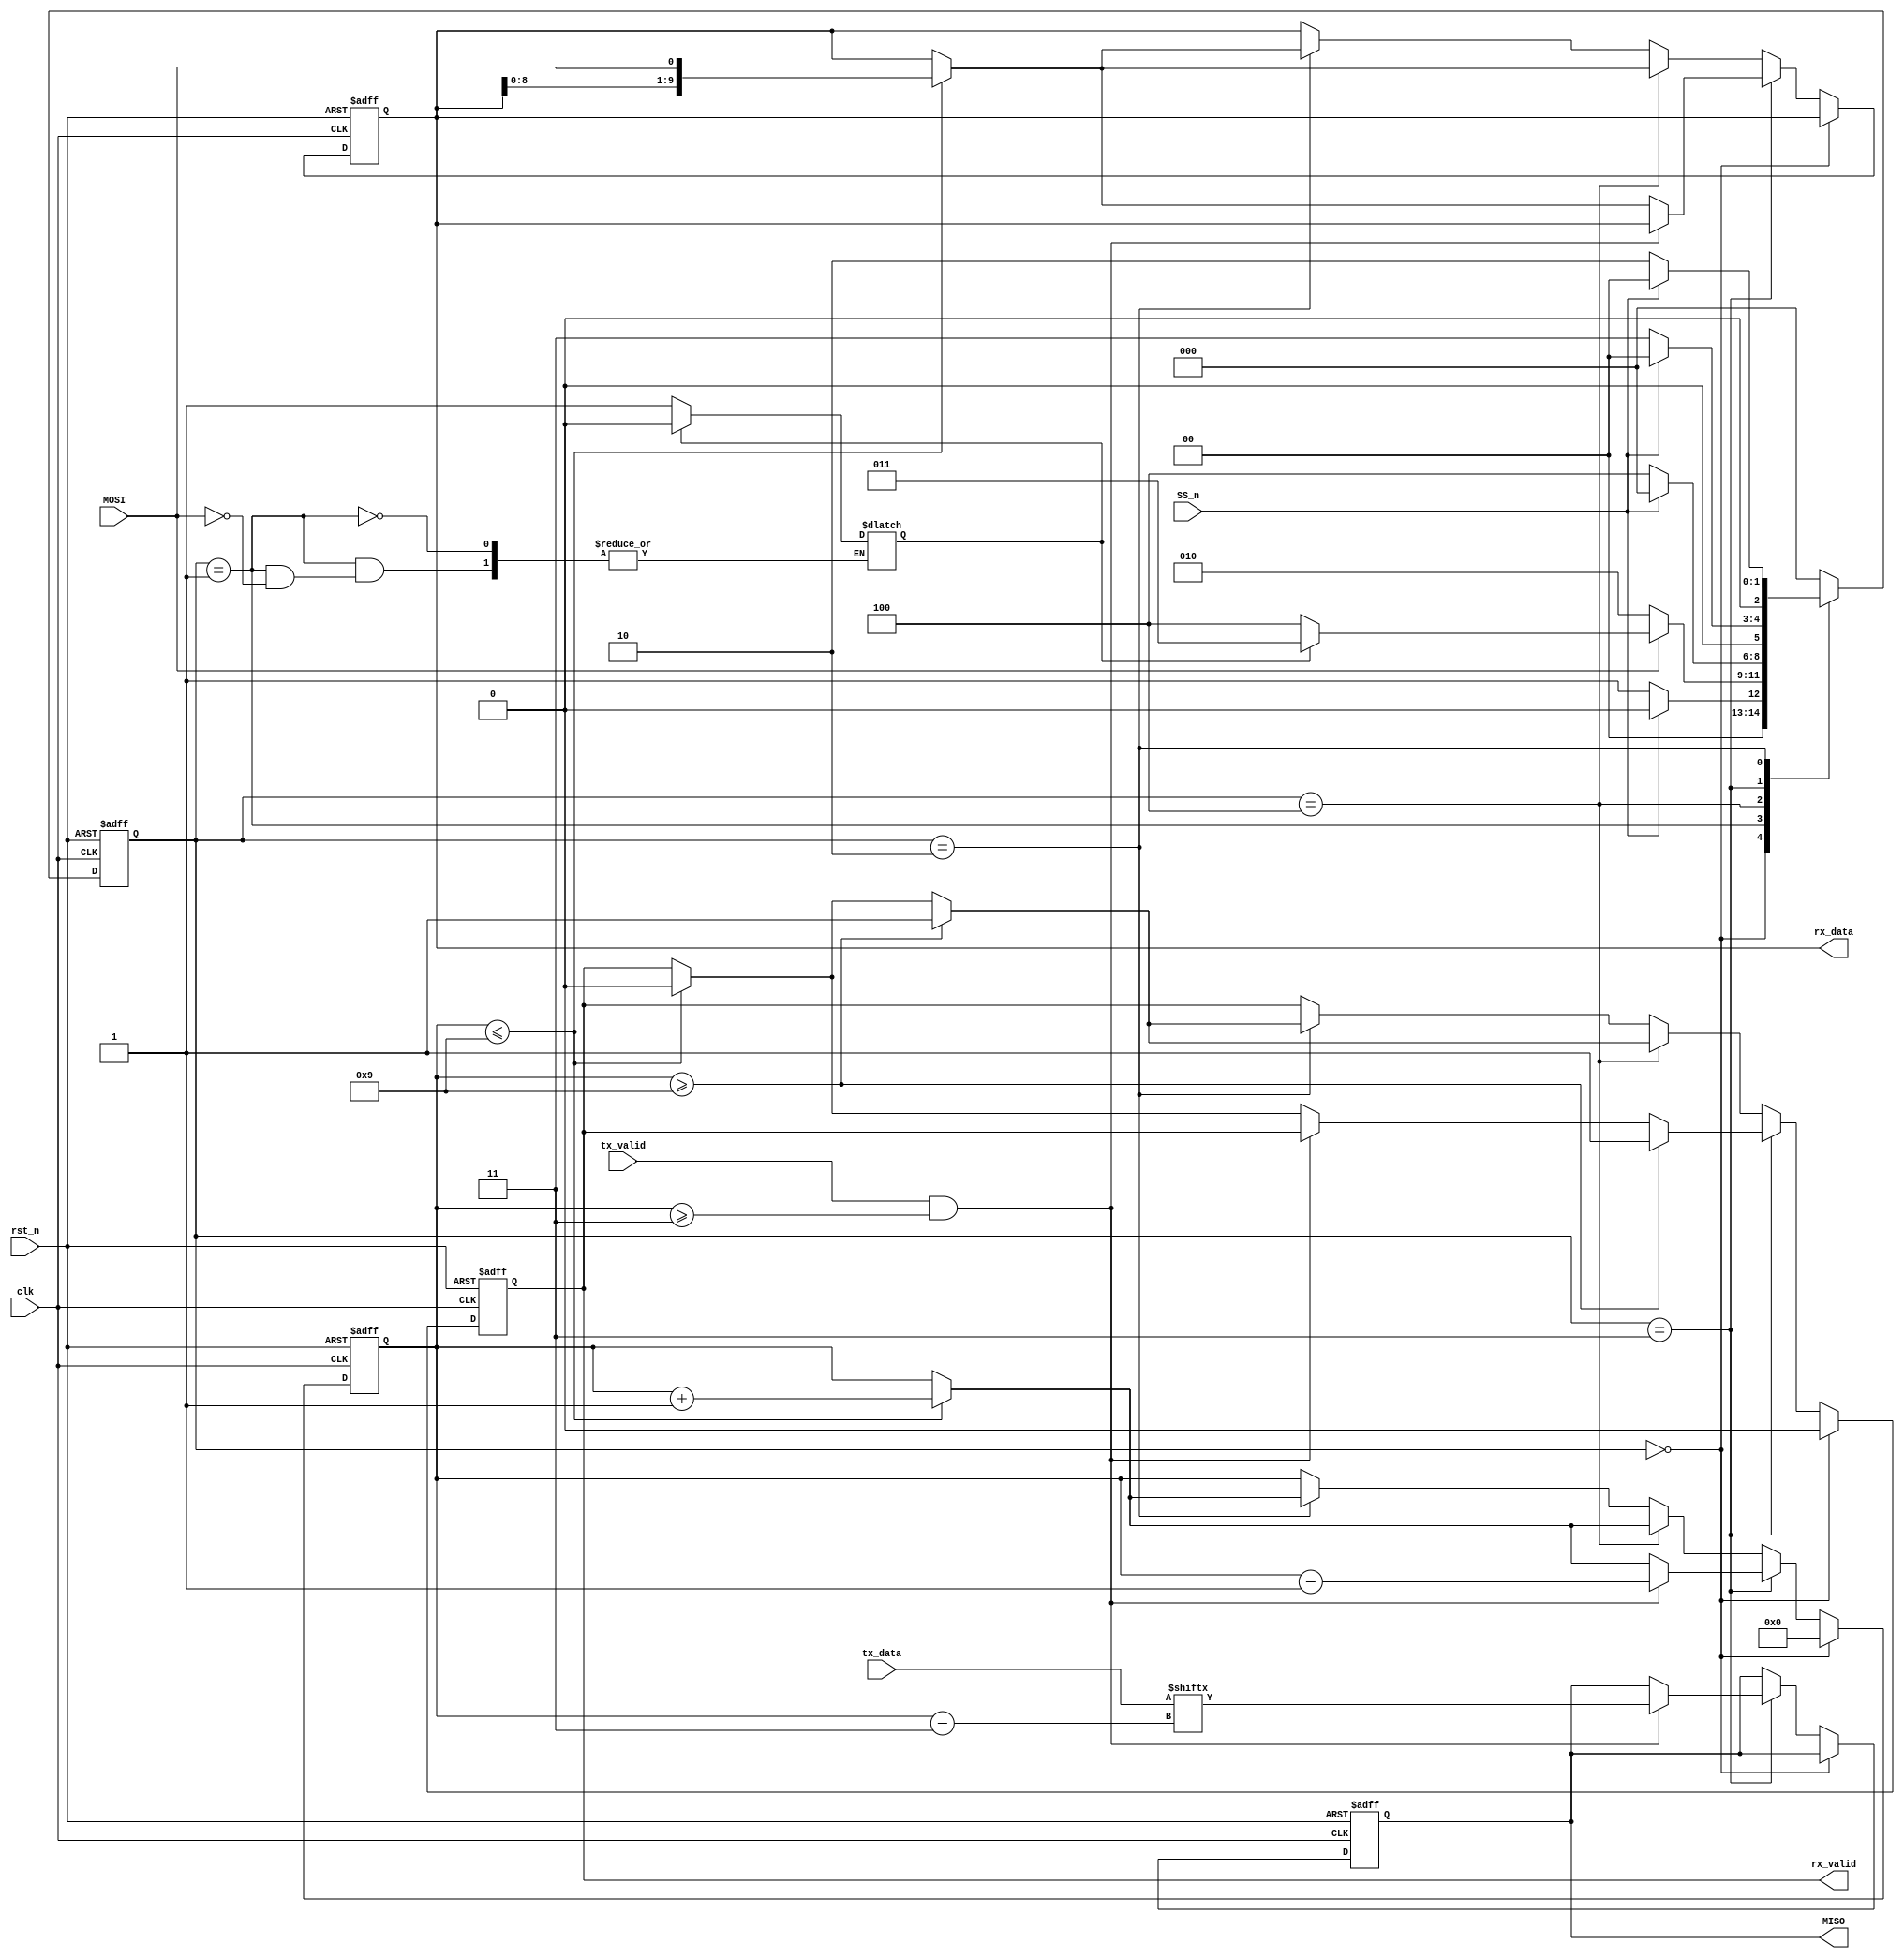
module SPI_SLAVE(MOSI,MISO,SS_n,clk,rst_n,rx_data,rx_valid,tx_data,tx_valid);
input MOSI, clk, rst_n, tx_valid, SS_n;
input[7:0] tx_data;
output reg MISO, rx_valid;
output reg[9:0] rx_data;

reg recieved_address=0;   // Signal to track if read adress is recieved. Initially no read adress is received

(* fsm_encoding = "sequential" *)	// Xilinx Vivado's FSM encoding method

reg[2:0] cs,ns;
reg[3:0] counter; //counter to track Serial to parallel conversion and vice versa

// State Definition
parameter IDLE=3'b000;
parameter CHK_CMD=3'b001;
parameter WRITE=3'b010;
parameter READ_DATA=3'b011;
parameter READ_ADD=3'b100;

// State Memory Logic
always @(posedge clk or negedge rst_n) begin
	if (~rst_n) begin
		cs<=IDLE;		
	end
	else begin
		cs<=ns;
	end
end

// Next State Logic
always @(cs,MOSI,SS_n) begin
	case(cs)
		IDLE: begin
			if(SS_n)
				ns=IDLE;
			else
				ns=CHK_CMD;
		end
		CHK_CMD: begin
			if(MOSI) begin
				if(recieved_address) begin
					ns=READ_DATA;
					recieved_address=0;
				end
				else begin
					ns=READ_ADD;
					recieved_address=1;
				end
			end
			else begin
				ns=WRITE;
			end
		end

		READ_ADD: begin 
			if(SS_n)
				ns=IDLE;
			else begin
				ns=READ_ADD;
			end
		end

		
		READ_DATA: begin
			if(SS_n)
				ns=IDLE;
			else begin
				ns=READ_DATA;
			end
		end

		WRITE: begin
			if(SS_n)
				ns=IDLE;
			else begin
				ns=WRITE;
			end	
		end

		default: ns<=IDLE;
	endcase
end

// Output Logic Block

always @(posedge clk or negedge rst_n) begin
	if (~rst_n) begin
		rx_data<=0;
		rx_valid<=0;	
		MISO<=0;
		counter=0;
	end
	else begin
		if(cs==IDLE) begin
			counter<=0;
			rx_valid=0;
		end
		else if(cs==READ_DATA) begin
			if(tx_valid && counter>=3) begin
				MISO<=tx_data[counter-3];
				counter<=counter-1;
			end
			else if(counter<=9) begin
 				rx_data<= {rx_data[8:0],MOSI }; // recieved bits are MSB TO LSB
 				rx_valid<=0;
 				counter<=counter+1;
 			end
 			//after the conversion of last bit instantly rasie rx_valid
			if(counter >= 9) begin
				rx_valid<=1;
			end
 		end
 		else if(cs==READ_ADD) begin
 			if(counter<=9) begin
 				rx_data<= {rx_data[8:0],MOSI };
 				rx_valid<=0;
 				counter<=counter+1;
 			end
			if(counter>=9) begin
				rx_valid<=1;
			end
 		end		
 		else if(cs==WRITE) begin
 			if(counter<=9) begin
 				rx_data<= {rx_data[8:0],MOSI }; 
 				rx_valid<=0;
 				counter<=counter+1;
 			end
			if(counter>=9) begin
				rx_valid<=1;
			end
 		end
	end
end
endmodule